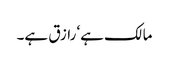
مالک ہے‘ رازق ہے۔